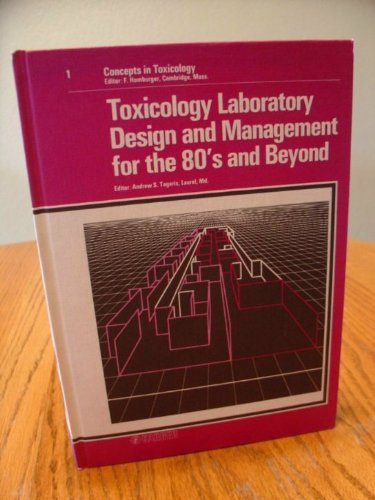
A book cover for Toxicology Laboratory Design and Management for the 80's and Beyond (Concepts in Toxicology, Vol. 1); Medical Books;